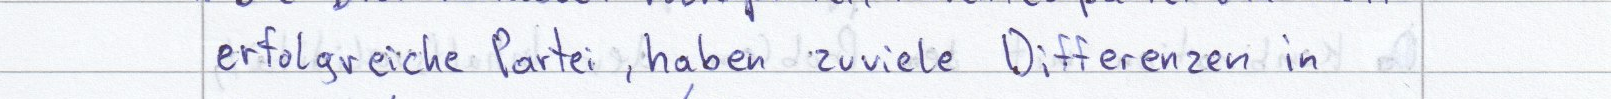
erfolgreiche Partei, haben zuviele Diefferenzen in